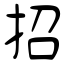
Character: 招